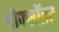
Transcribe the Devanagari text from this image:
बौक्सॉइट